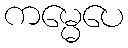
ကမ္မေပေ